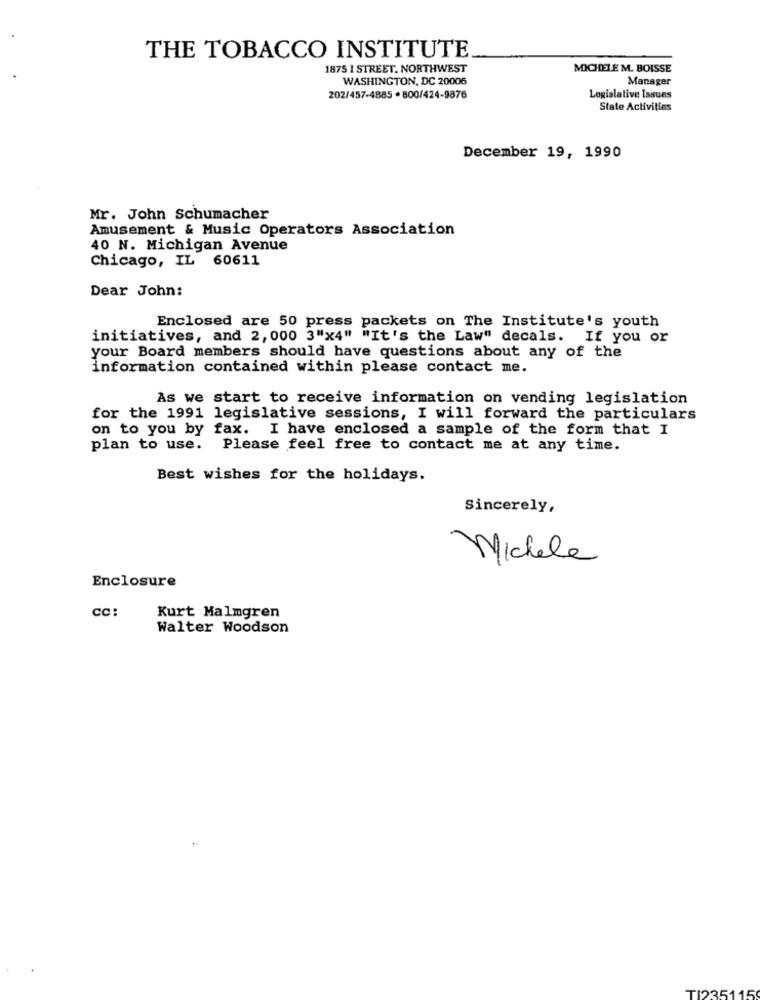
THE TOBACCO INSTITUTE
1875 1 STREET, NORTHWEST
MICHELE M. BOISSE
WASHINGTON, DC 20006
Manager
202/457-4885 . 800/424-9876
Legislative Issues
State Activities
December 19, 1990
Mr. John Schumacher
Amusement & Music Operators Association
40 N. Michigan Avenue
Chicago, IL 60611
Dear John:
Enclosed are 50 press packets on The Institute's youth
initiatives, and 2, 000 3"x4" "It's the Law" decals. If you or
your Board members should have questions about any of the
information contained within please contact me.
As we start to receive information on vending legislation
for the 1991 legislative sessions, I will forward the particulars
on to you by fax. I have enclosed a sample of the form that I
plan to use. Please feel free to contact me at any time.
Best wishes for the holidays.
Sincerely,
Michele
Enclosure
CC:
Kurt Malmgren
Walter Woodson
TI235115